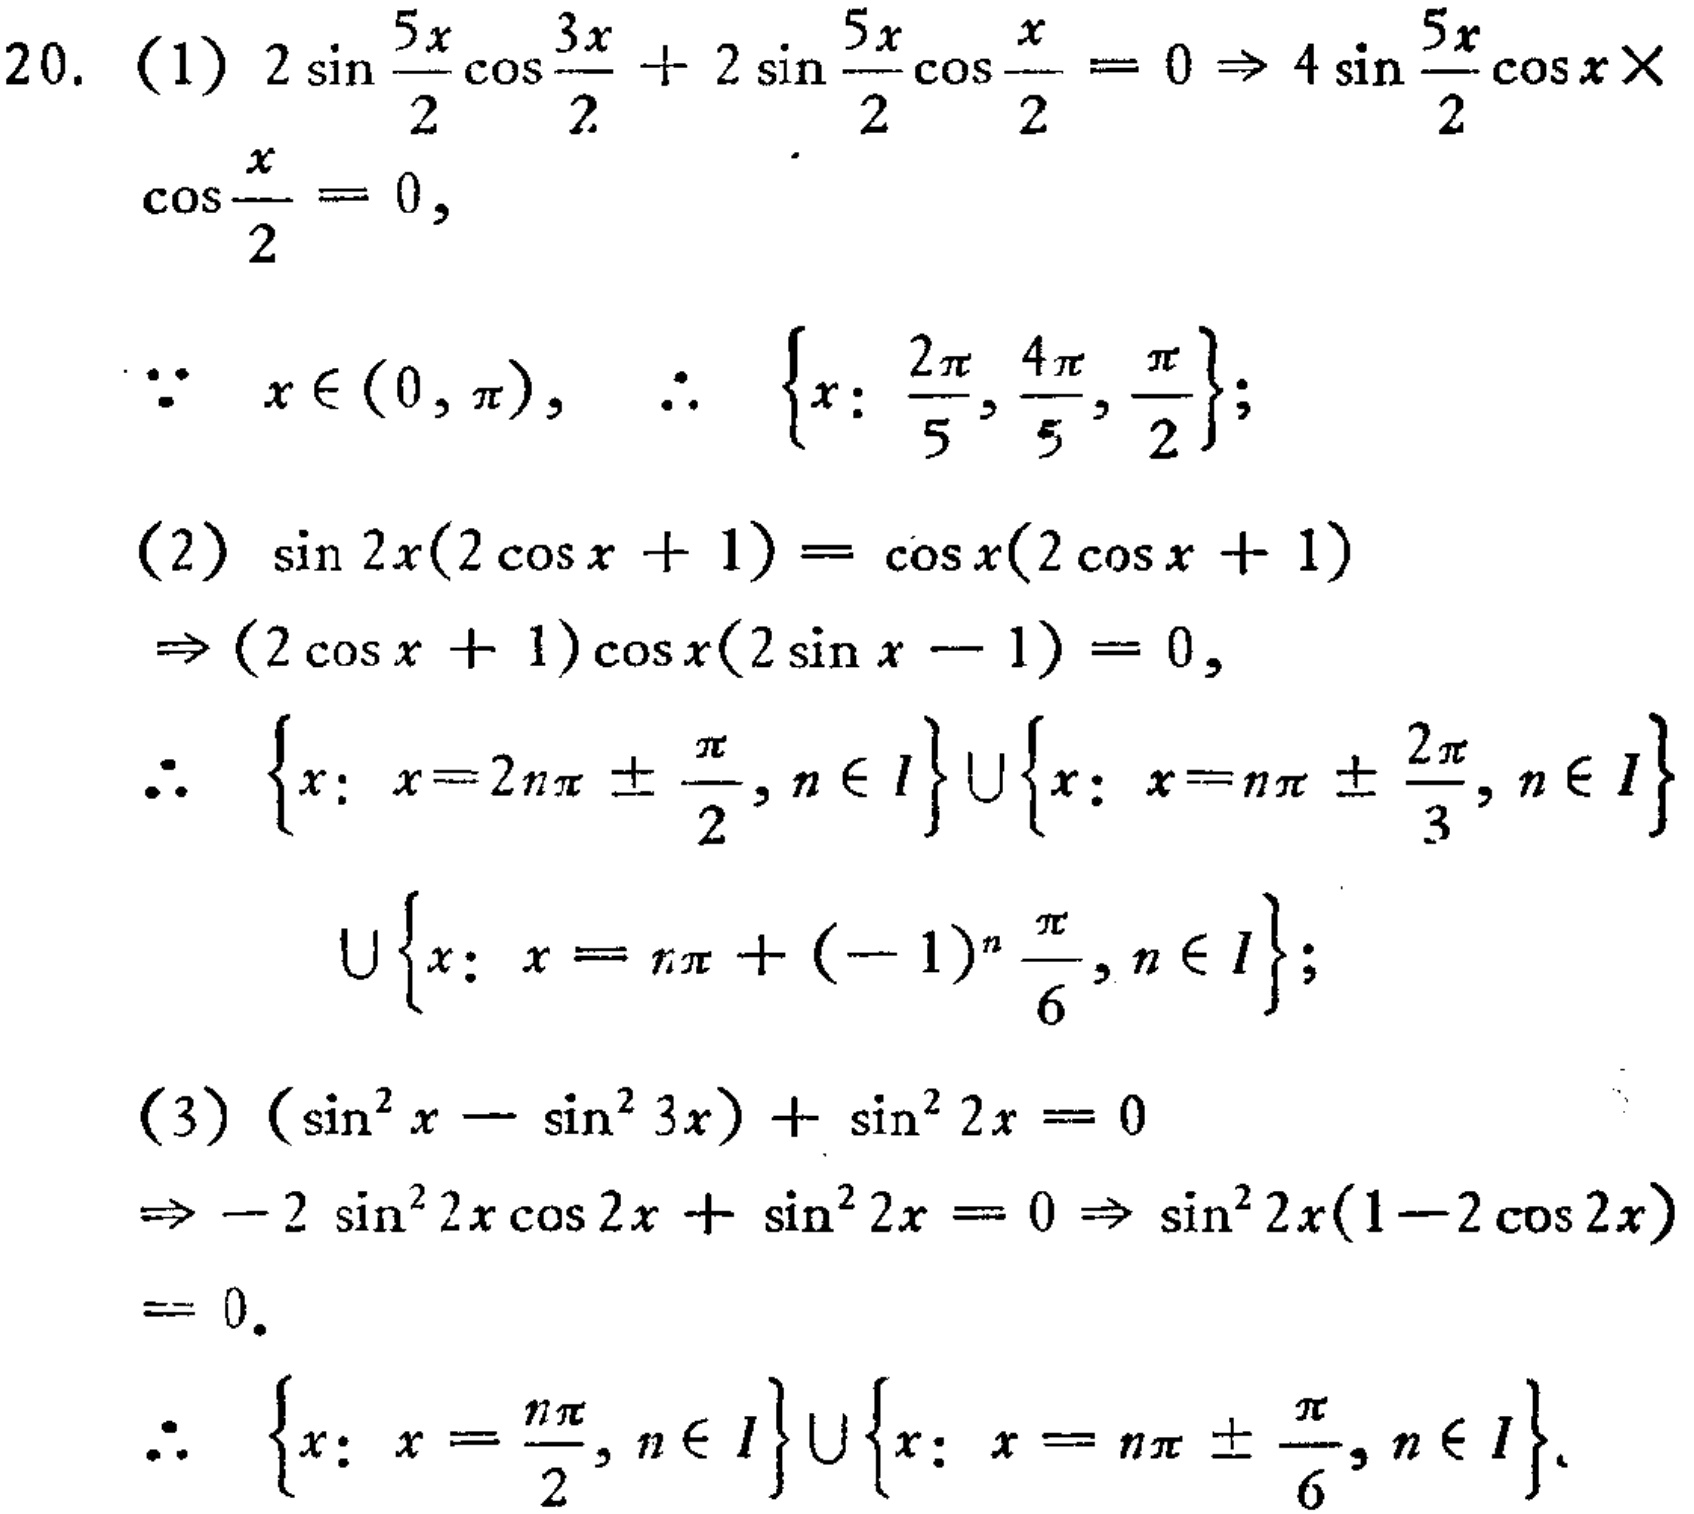
20. (1) \(2\sin\frac{5x}{2}\cos\frac{3x}{2}+2\sin\frac{5x}{2}\cos\frac{x}{2}=0\Rightarrow4\sin\frac{5x}{2}\cos x\times\cos\frac{x}{2}=0\),
\(\because x\in(0,\pi),\ \therefore \{x:\frac{2\pi}{5},\frac{4\pi}{5},\frac{\pi}{2}\}\);
(2) \(\sin 2x(2\cos x + 1)=\cos x(2\cos x + 1)\)
\(\Rightarrow(2\cos x + 1)\cos x(2\sin x - 1)=0\),
\(\therefore \{x:x = 2n\pi\pm\frac{\pi}{2},n\in I\}\cup\{x:x = n\pi\pm\frac{2\pi}{3},n\in I\}\)
\(\cup\{x:x = n\pi+(-1)^n\frac{\pi}{6},n\in I\}\);
(3) \((\sin^{2}x-\sin^{2}3x)+\sin^{2}2x = 0\)
\(\Rightarrow - 2\sin^{2}2x\cos 2x+\sin^{2}2x = 0\Rightarrow\sin^{2}2x(1 - 2\cos 2x)=0\).
\(\therefore \{x:x=\frac{n\pi}{2},n\in I\}\cup\{x:x = n\pi\pm\frac{\pi}{6},n\in I\}\).